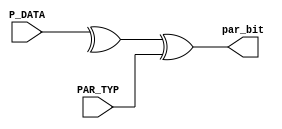
module ParityCalc 
(
    input   wire [7:0]  P_DATA      ,
    input   wire        PAR_TYP     ,

    output  wire        par_bit
);

assign  par_bit = ^P_DATA ^ PAR_TYP     ;
    
endmodule